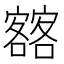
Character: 𡫥